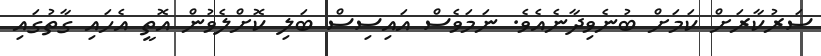
ސަރުކާރަށް ކަމަށް ބުނެވިދާނެއެވެ. ނަމަވެސް އައިސިސް ބަލި ކޮށްލެވުން އޮތީ އެހައި ގާތުގައި